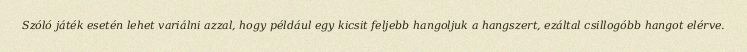
Szóló játék esetén lehet variálni azzal, hogy például egy kicsit feljebb hangoljuk a hangszert, ezáltal csillogóbb hangot elérve.